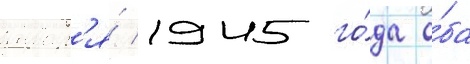
январ'я́ 1945 го́да о́ба